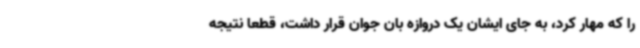
را که مهار کرد، به جای ایشان یک دروازه بان جوان قرار داشت، قطعا نتیجه